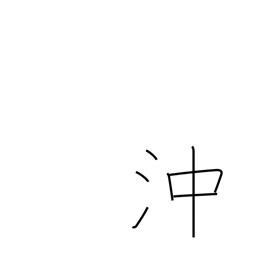
Meaning: offing